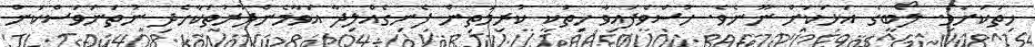
ހިތަކަށެވެ. ލޯބީގެ އަޅަކަށް ނޫނެވެ. ހުސްވެފައިވާ ހިތަކީ ކުރިމަތިން ފެނިގެއްލިދާ އަވާމެންދުރުތަކާހެދި ނުތަނަވަސްކަން